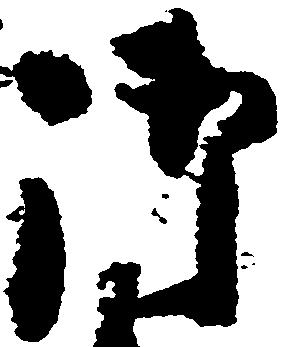
御